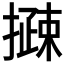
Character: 𢵽